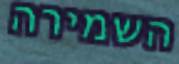
השמירה